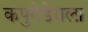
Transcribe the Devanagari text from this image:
कपुगेडेराला